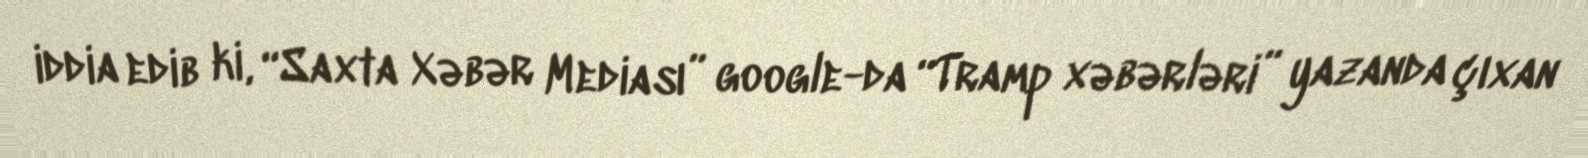
iddia edib ki, “Saxta Xəbər Mediası” google-da “Tramp xəbərləri” yazanda çıxan